Sanitation, dispensaries and jails vaccination Rajputana 1922-1927 - 1922-1927
Year: 1922
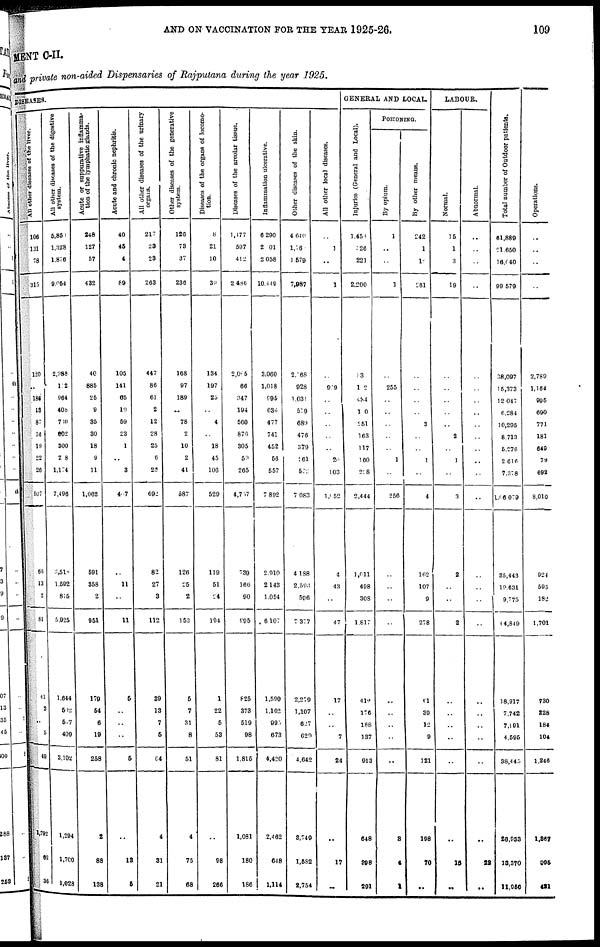
AND ON VACCINATION FOR THE YEAR 1925-26.
109
MENT C-II.
and private non-aided Dispensaries of Rajputana during the year 1925.
DISEASES.
All other diseases of the liver.
106
131
78
315
120
..
186
13
87
34
19
22
26
507
66
13
2
81
41
3
..
5
49
1,792
62
36
All other diseases of the digestive
system.
5,850
1,328
1,876
9,054
2,988
12
964
408
710
602
300
208
1,174
7,496
3, 510
1,592
815
5,925
1,644
502
507
409
3,102
1,294
1,700
1,028
A cute or suppurative inflamma-
tion of the lymphatic glands.
248
127
57
432
40
885
25
9
35
30
18
9
11
1,062
591
358
2
951
179
54
6
19
258
2
88
138
Acute and chronic nephritis.
40
45
4
89
105
141
65
10
59
23
1
..
3
407
..
11
..
11
5
..
..
..
5
..
13
5
All other diseases of the urinary
organs.
217
23
23
263
447
86
61
2
12
28
25
6
25
692
82
27
3
112
39
13
7
5
64
4
31
21
Other diseases of the generative
system.
126
73
37
236
168
97
189
..
78
2
10
2
41
587
126
25
2
153
5
7
31
8
51
4
75
68
Diseases of the organs of locomo-
tion.
8
21
10
39
134
197
25
..
4
..
18
45
106
529
119
51
24
194
1
22
5
53
81
..
98
266
Diseases of the areolar tissue.
1,177
597
412
2,486
2,005
66
347
194
560
876
305
59
265
4,757
739
166
90
995
825
373
519
98
1,815
1,081
180
186
Inflammation ulcerative.
6,290
2,001
2,058
10,449
3,060
1,018
995
636
477
741
452
56
557
7,892
2,910
2,143
1,054
6,107
1,590
1,162
995
673
4,420
2,462
648
1,114
Other diseases of the skin.
4,610
1,76
1,679
7,987
2,068
928
1,031
579
689
476
379
261
572
7,083
4,188
2,593
596
7,377
2,279
1,107
627
629
4,642
3,749
1,582
2,754
All other local diseases.
..
1
..
1
..
909
..
..
..
..
..
20
103
1,052
..
43
..
47
17
..
..
7
24
..
17
..
GENERAL AND LOCAL.
Injuries (General and Local).
1,450
026
221
2,200
33
102
434
100
251
163
117
160
218
2,444
1,011
498
308
1,817
412
176
188
137
913
648
398
291
POISONING.
By opium.
1
..
..
1
..
255
..
..
..
..
..
1
..
256
..
..
..
..
..
..
..
..
..
3
4
1
By other means.
242
1
1
261
..
..
..
..
3
..
..
1
..
4
162
107
9
278
61
39
12
9
121
198
70
..
LABOUR.
Normal.
15
1
3
19
..
..
..
..
..
2
..
1
..
3
2
..
..
2
..
..
..
..
..
..
15
..
Abnormal.
..
..
..
..
..
..
..
..
..
..
..
..
..
..
..
..
..
..
..
..
..
..
..
..
22
..
Total number of Outdoor patients.
61,889
21,650
16,040
99,579
38,097
15,373
12,047
6,284
10,295
8,713
5,276
2,616
7,378
1,06079
35,443
19,631
9,775
4,849
18,917
7,742
7,191
4,595
38,445
26,933
18,370
11,950
Operations.
..
..
..
..
2,789
1,164
995
690
771
181
649
79
692
8,010
924
595
182
1,701
730
228
184
104
1,246
1,367
995
421